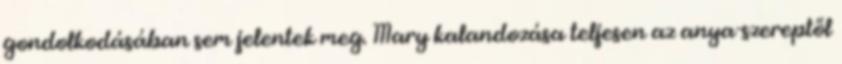
gondolkodásában sem jelentek meg. Mary kalandozása teljesen az anya-szereptől